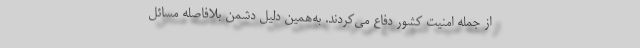
از جمله امنیت کشور دفاع می‌کردند. به‌همین دلیل دشمن بلافاصله مسائل